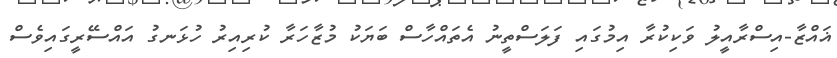
ޣައްޒާ-އިސްރާއީލު ވަކިކުރާ އިމުގައި ފަލަސްތީނު އެތައްހާސް ބަޔަކު މުޒާހަރާ ކުރިއިރު ހުޅަނގު އައްސޭރީގައިވެސް